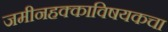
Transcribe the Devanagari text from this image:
जमीनहक्काविषयकचा